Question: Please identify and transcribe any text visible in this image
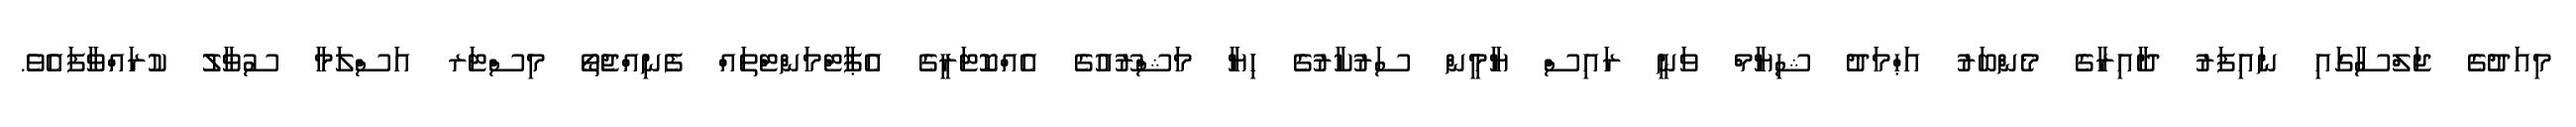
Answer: މިއަދުގެ ޖަލްސާގައި ނައިފަރު ދާއިރާގެ މެންބަރު އަޙްމަދު ޝިޔާމް ވަނީ ރައިސް ޔާމީން ސަރުކާރުގެ ހިޔާ މަޝްރޫއުގެ އެއްކޮޓަރީގެ އެޕާޓްމަންޓްތައް ފެނިއްޖެތޯ މިސްޓަރ އަސްލަމާ ސުވާލު ކުރައްވާފައެވެ.